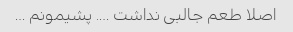
اصلا طعم جالبی نداشت …. پشیمونم …